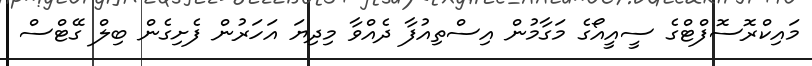
މައިކްރޮސޮފްޓްގެ ސީއީއޯގެ މަގާމުން އިސްތިއުފާ ދެއްވާ މިދިޔަ އަހަރުން ފެށިގެން ބިލް ގޭޓްސް